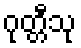
ဂုတ္တီသု